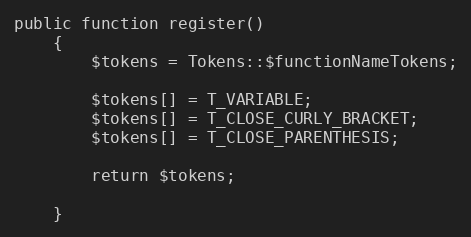
Language: PHP
public function register()
    {
        $tokens = Tokens::$functionNameTokens;

        $tokens[] = T_VARIABLE;
        $tokens[] = T_CLOSE_CURLY_BRACKET;
        $tokens[] = T_CLOSE_PARENTHESIS;

        return $tokens;

    }